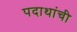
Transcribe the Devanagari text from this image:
पदाथांची